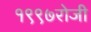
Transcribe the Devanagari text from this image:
१९९७रोजी